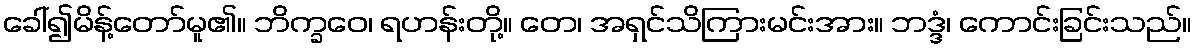
ခေါ်၍မိန့်တော်မူ၏။ ဘိက္ခဝေ၊ ရဟန်းတို့။ တေ၊ အရှင်သိကြားမင်းအား။ ဘဒ္ဒံ၊ ကောင်းခြင်းသည်။